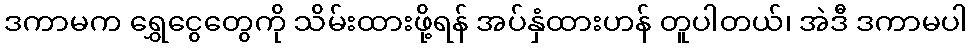
ဒကာမက ရွှေငွေတွေကို သိမ်းထားဖို့ရန် အပ်နှံထားဟန် တူပါတယ်၊ အဲဒီ ဒကာမပါ